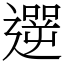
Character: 遻